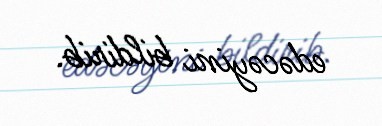
edəcəyini bildirib.